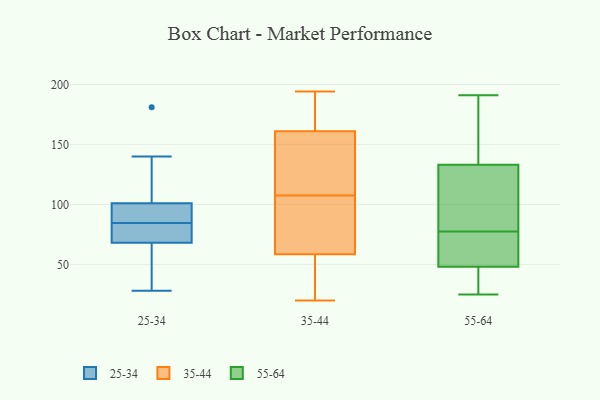
{"axis": {"x": "Backlog", "y": "Value"}, "legend": ["25-34", "35-44", "55-64"], "data": [{"x": "", "y": 181, "type": "25-34"}, {"x": "", "y": 61, "type": "25-34"}, {"x": "", "y": 101, "type": "25-34"}, {"x": "", "y": 81, "type": "25-34"}, {"x": "", "y": 28, "type": "25-34"}, {"x": "", "y": 68, "type": "25-34"}, {"x": "", "y": 85, "type": "25-34"}, {"x": "", "y": 140, "type": "25-34"}, {"x": "", "y": 84, "type": "25-34"}, {"x": "", "y": 85, "type": "25-34"}, {"x": "", "y": 184, "type": "35-44"}, {"x": "", "y": 52, "type": "35-44"}, {"x": "", "y": 106, "type": "35-44"}, {"x": "", "y": 25, "type": "35-44"}, {"x": "", "y": 137, "type": "35-44"}, {"x": "", "y": 109, "type": "35-44"}, {"x": "", "y": 82, "type": "35-44"}, {"x": "", "y": 139, "type": "35-44"}, {"x": "", "y": 140, "type": "35-44"}, {"x": "", "y": 39, "type": "35-44"}, {"x": "", "y": 63, "type": "35-44"}, {"x": "", "y": 190, "type": "35-44"}, {"x": "", "y": 59, "type": "35-44"}, {"x": "", "y": 194, "type": "35-44"}, {"x": "", "y": 20, "type": "35-44"}, {"x": "", "y": 181, "type": "35-44"}, {"x": "", "y": 147, "type": "35-44"}, {"x": "", "y": 103, "type": "35-44"}, {"x": "", "y": 175, "type": "35-44"}, {"x": "", "y": 58, "type": "35-44"}, {"x": "", "y": 46, "type": "55-64"}, {"x": "", "y": 48, "type": "55-64"}, {"x": "", "y": 191, "type": "55-64"}, {"x": "", "y": 52, "type": "55-64"}, {"x": "", "y": 99, "type": "55-64"}, {"x": "", "y": 56, "type": "55-64"}, {"x": "", "y": 133, "type": "55-64"}, {"x": "", "y": 133, "type": "55-64"}, {"x": "", "y": 25, "type": "55-64"}, {"x": "", "y": 135, "type": "55-64"}]}